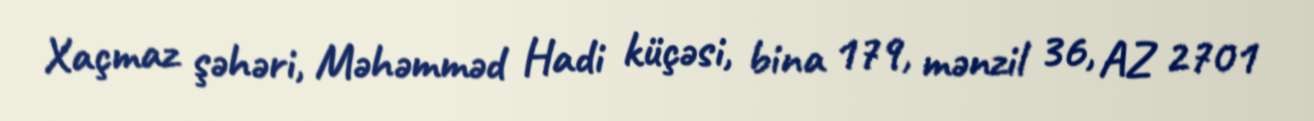
Xaçmaz şəhəri, Məhəmməd Hadi küçəsi, bina 179, mənzil 36, AZ 2701